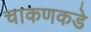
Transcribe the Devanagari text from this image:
चाकणकडे